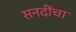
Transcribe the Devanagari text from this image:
सनदींचा